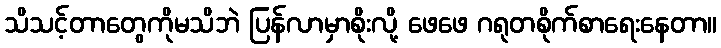
သိသင့်တာတွေကိုမသိဘဲ ပြန်လာမှာစိုးလို့ ဖေဖေ ဂရုတစိုက်စာရေးနေတာ။